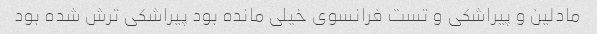
مادلین و پیراشکی و تست فرانسوی خیلی مانده بود پیراشکی ترش شده بود